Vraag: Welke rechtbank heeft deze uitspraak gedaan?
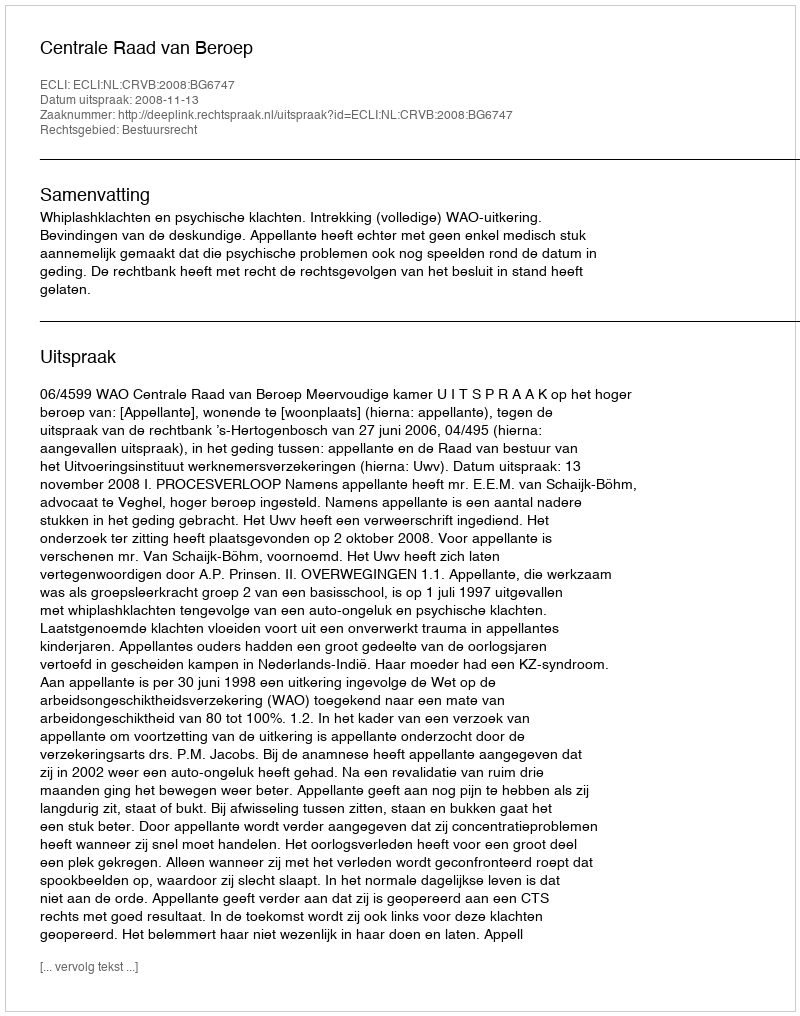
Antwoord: Centrale Raad van Beroep